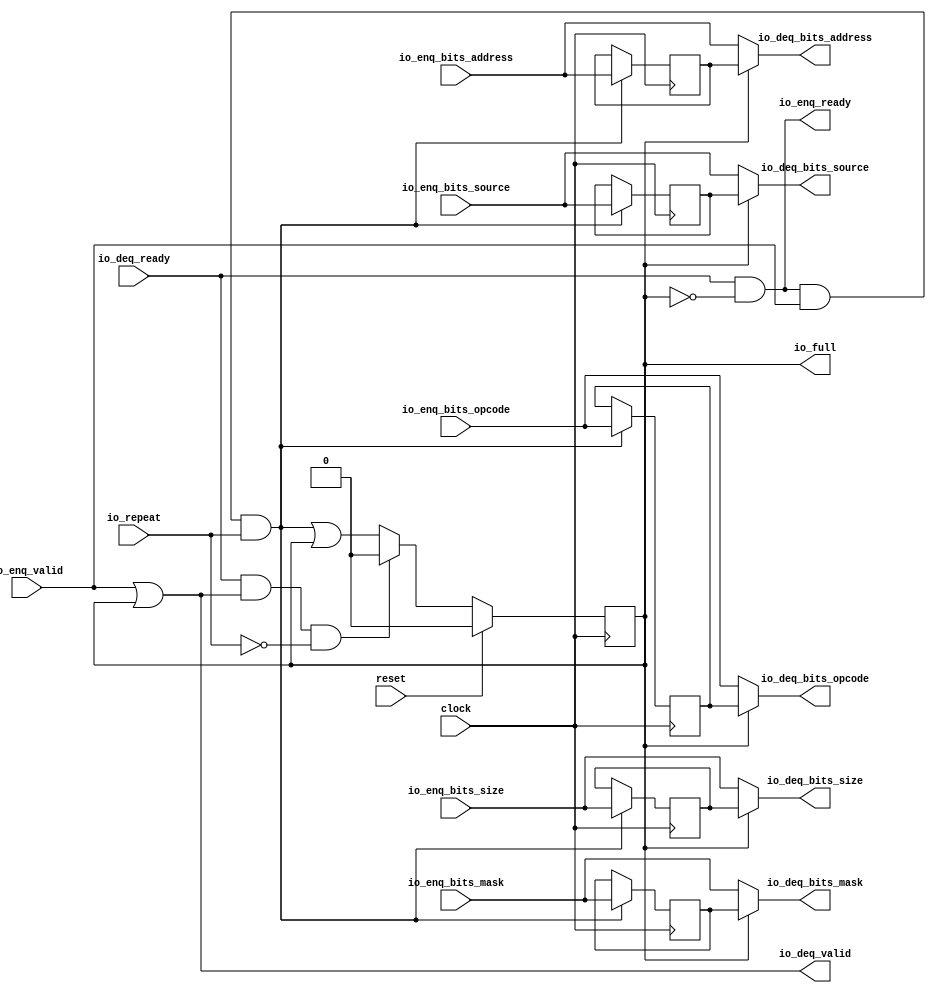
module Repeater(
  input         clock,
  input         reset,
  input         io_repeat,
  output        io_full,
  output        io_enq_ready,
  input         io_enq_valid,
  input  [2:0]  io_enq_bits_opcode,
  input  [2:0]  io_enq_bits_size,
  input  [4:0]  io_enq_bits_source,
  input  [27:0] io_enq_bits_address,
  input  [7:0]  io_enq_bits_mask,
  input         io_deq_ready,
  output        io_deq_valid,
  output [2:0]  io_deq_bits_opcode,
  output [2:0]  io_deq_bits_size,
  output [4:0]  io_deq_bits_source,
  output [27:0] io_deq_bits_address,
  output [7:0]  io_deq_bits_mask
);
`ifdef RANDOMIZE_REG_INIT
  reg [31:0] _RAND_0;
  reg [31:0] _RAND_1;
  reg [31:0] _RAND_2;
  reg [31:0] _RAND_3;
  reg [31:0] _RAND_4;
  reg [31:0] _RAND_5;
`endif // RANDOMIZE_REG_INIT
  reg  full; // @[Repeater.scala 19:21]
  reg [2:0] saved_opcode; // @[Repeater.scala 20:18]
  reg [2:0] saved_size; // @[Repeater.scala 20:18]
  reg [4:0] saved_source; // @[Repeater.scala 20:18]
  reg [27:0] saved_address; // @[Repeater.scala 20:18]
  reg [7:0] saved_mask; // @[Repeater.scala 20:18]
  wire  _T = io_enq_ready & io_enq_valid; // @[Decoupled.scala 40:37]
  wire  _T_1 = _T & io_repeat; // @[Repeater.scala 28:23]
  wire  _GEN_0 = _T_1 | full; // @[Repeater.scala 28:38 Repeater.scala 28:45 Repeater.scala 19:21]
  wire  _T_2 = io_deq_ready & io_deq_valid; // @[Decoupled.scala 40:37]
  wire  _T_4 = _T_2 & (~io_repeat); // @[Repeater.scala 29:23]
  assign io_full = full; // @[Repeater.scala 26:11]
  assign io_enq_ready = io_deq_ready & (~full); // @[Repeater.scala 24:32]
  assign io_deq_valid = io_enq_valid | full; // @[Repeater.scala 23:32]
  assign io_deq_bits_opcode = full ? saved_opcode : io_enq_bits_opcode; // @[Repeater.scala 25:21]
  assign io_deq_bits_size = full ? saved_size : io_enq_bits_size; // @[Repeater.scala 25:21]
  assign io_deq_bits_source = full ? saved_source : io_enq_bits_source; // @[Repeater.scala 25:21]
  assign io_deq_bits_address = full ? saved_address : io_enq_bits_address; // @[Repeater.scala 25:21]
  assign io_deq_bits_mask = full ? saved_mask : io_enq_bits_mask; // @[Repeater.scala 25:21]
  always @(posedge clock) begin
    if (reset) begin // @[Repeater.scala 19:21]
      full <= 1'h0; // @[Repeater.scala 19:21]
    end else if (_T_4) begin // @[Repeater.scala 29:38]
      full <= 1'h0; // @[Repeater.scala 29:45]
    end else begin
      full <= _GEN_0;
    end
    if (_T_1) begin // @[Repeater.scala 28:38]
      saved_opcode <= io_enq_bits_opcode; // @[Repeater.scala 28:62]
    end
    if (_T_1) begin // @[Repeater.scala 28:38]
      saved_size <= io_enq_bits_size; // @[Repeater.scala 28:62]
    end
    if (_T_1) begin // @[Repeater.scala 28:38]
      saved_source <= io_enq_bits_source; // @[Repeater.scala 28:62]
    end
    if (_T_1) begin // @[Repeater.scala 28:38]
      saved_address <= io_enq_bits_address; // @[Repeater.scala 28:62]
    end
    if (_T_1) begin // @[Repeater.scala 28:38]
      saved_mask <= io_enq_bits_mask; // @[Repeater.scala 28:62]
    end
  end
// Register and memory initialization
`ifdef RANDOMIZE_GARBAGE_ASSIGN
`define RANDOMIZE
`endif
`ifdef RANDOMIZE_INVALID_ASSIGN
`define RANDOMIZE
`endif
`ifdef RANDOMIZE_REG_INIT
`define RANDOMIZE
`endif
`ifdef RANDOMIZE_MEM_INIT
`define RANDOMIZE
`endif
`ifndef RANDOM
`define RANDOM $random
`endif
`ifdef RANDOMIZE_MEM_INIT
  integer initvar;
`endif
`ifndef SYNTHESIS
`ifdef FIRRTL_BEFORE_INITIAL
`FIRRTL_BEFORE_INITIAL
`endif
initial begin
  `ifdef RANDOMIZE
    `ifdef INIT_RANDOM
      `INIT_RANDOM
    `endif
    `ifndef VERILATOR
      `ifdef RANDOMIZE_DELAY
        #`RANDOMIZE_DELAY begin end
      `else
        #0.002 begin end
      `endif
    `endif
`ifdef RANDOMIZE_REG_INIT
  _RAND_0 = {1{`RANDOM}};
  full = _RAND_0[0:0];
  _RAND_1 = {1{`RANDOM}};
  saved_opcode = _RAND_1[2:0];
  _RAND_2 = {1{`RANDOM}};
  saved_size = _RAND_2[2:0];
  _RAND_3 = {1{`RANDOM}};
  saved_source = _RAND_3[4:0];
  _RAND_4 = {1{`RANDOM}};
  saved_address = _RAND_4[27:0];
  _RAND_5 = {1{`RANDOM}};
  saved_mask = _RAND_5[7:0];
`endif // RANDOMIZE_REG_INIT
  `endif // RANDOMIZE
end // initial
`ifdef FIRRTL_AFTER_INITIAL
`FIRRTL_AFTER_INITIAL
`endif
`endif // SYNTHESIS
endmodule